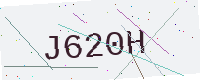
Text: J620H